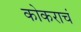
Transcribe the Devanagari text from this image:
कोकराचं